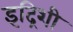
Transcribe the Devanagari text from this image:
इद्रिशी